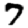
Digit: 7